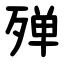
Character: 殚